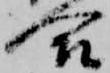
合